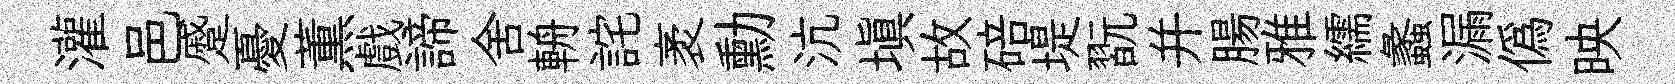
灌邑蹙憂薫戲諦舍輈詫袤勳沆塡故碚堤翫并腸雅繻蠡漏偽映